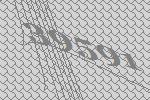
39591